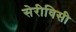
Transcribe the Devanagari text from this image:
सेरीविसी